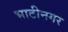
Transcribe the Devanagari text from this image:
भाटीनगर